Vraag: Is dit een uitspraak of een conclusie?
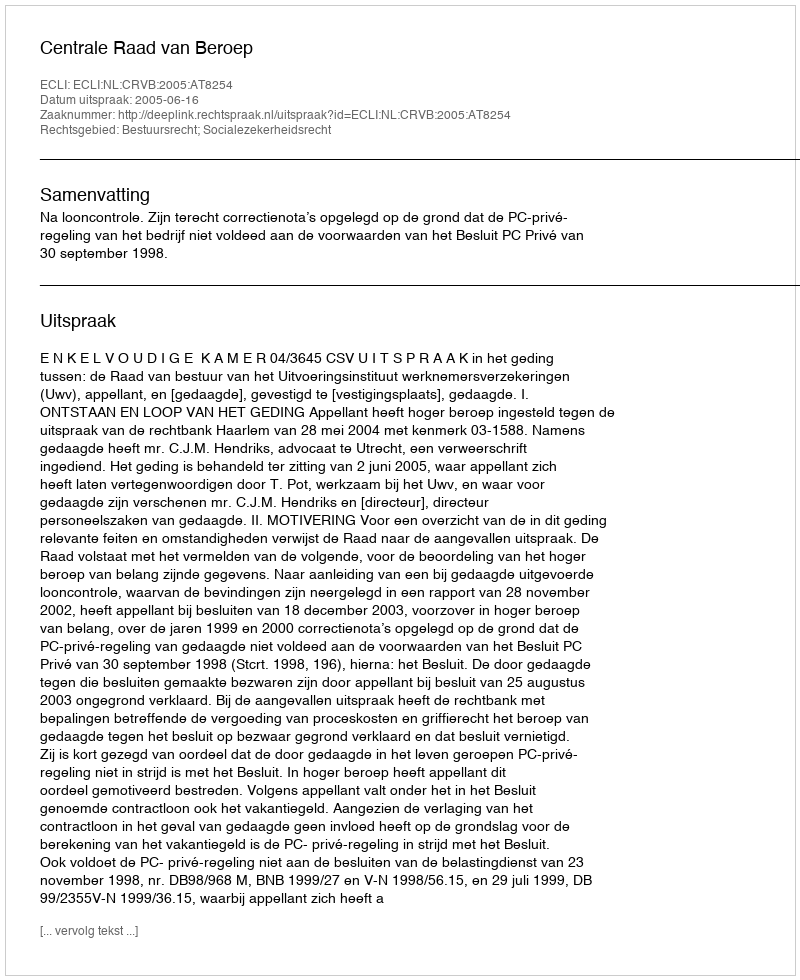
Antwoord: Uitspraak